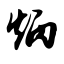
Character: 炳